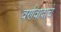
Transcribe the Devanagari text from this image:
वर्णवादाचे